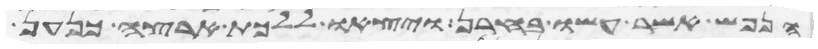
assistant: הנפש אשר עשו בחרן ויצאו ללכת ארצה כנען